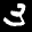
Label: 3